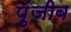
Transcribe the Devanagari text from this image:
पुंजीब